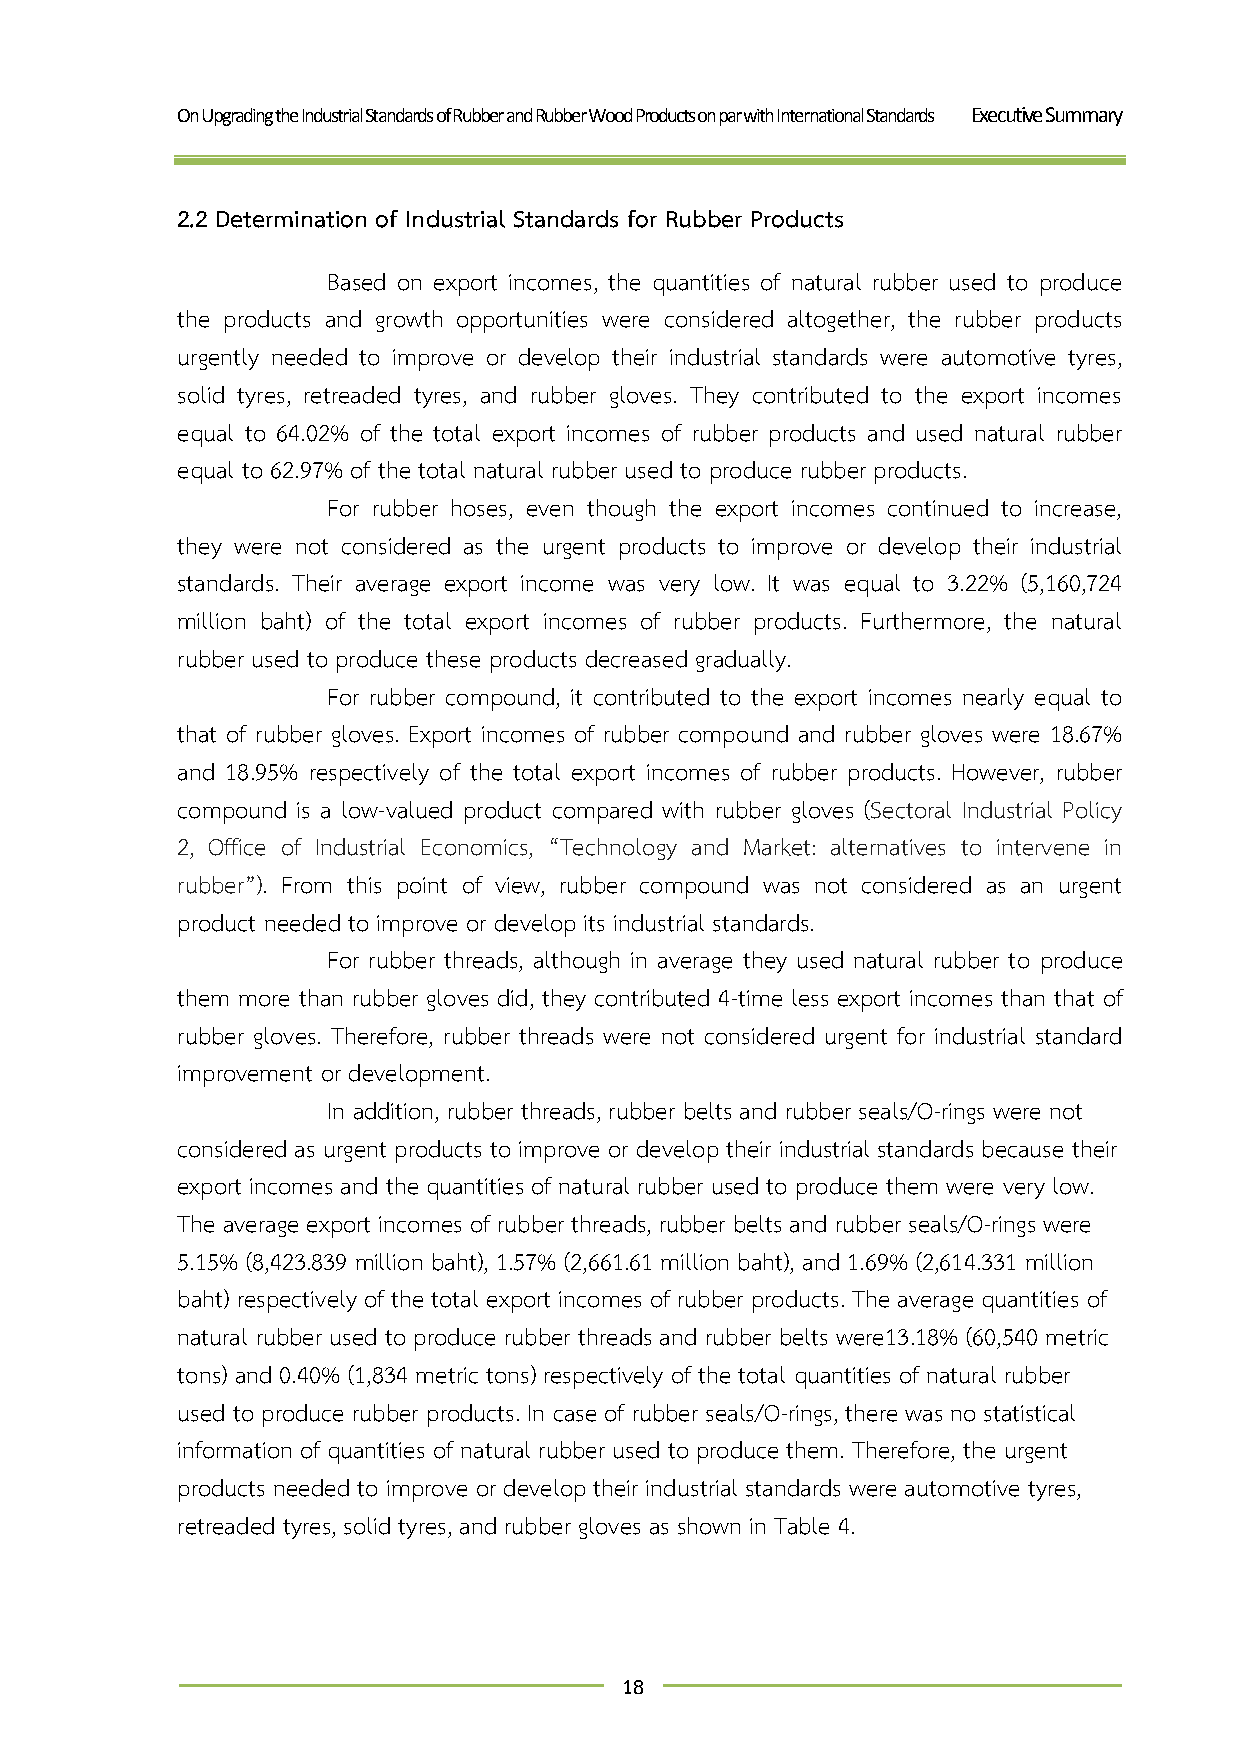
On Upgrading the Industrial Standards of Rubber and Rubber Wood Products on par with International Standards Executive Summary
 2.2 Determination of Industrial Standards for Rubber Products
 Based on export incomes, the quantities of natural rubber used to produce
 the products and growth opportunities were considered altogether, the rubber products
 urgently needed to improve or develop their industrial standards were automotive tyres,
 solid tyres, retreaded tyres, and rubber gloves. They contributed to the export incomes
 equal to 64.02% of the total export incomes of rubber products and used natural rubber
 equal to 62.97% of the total natural rubber used to produce rubber products.
 For rubber hoses, even though the export incomes continued to increase,
 they were not considered as the urgent products to improve or develop their industrial
 standards. Their average export income was very low. It was equal to 3.22% (5,160,724
 million baht) of the total export incomes of rubber products. Furthermore, the natural
 rubber used to produce these products decreased gradually.
 For rubber compound, it contributed to the export incomes nearly equal to
 that of rubber gloves. Export incomes of rubber compound and rubber gloves were 18.67%
 and 18.95% respectively of the total export incomes of rubber products. However, rubber
 compound is a low-valued product compared with rubber gloves (Sectoral Industrial Policy
 2, Office of Industrial Economics, “Technology and Market: alternatives to intervene in
 rubber”). From this point of view, rubber compound was not considered as an urgent
 product needed to improve or develop its industrial standards.
 For rubber threads, although in average they used natural rubber to produce
 them more than rubber gloves did, they contributed 4-time less export incomes than that of
 rubber gloves. Therefore, rubber threads were not considered urgent for industrial standard
 improvement or development.
 In addition, rubber threads, rubber belts and rubber seals/O-rings were not
 considered as urgent products to improve or develop their industrial standards because their
 export incomes and the quantities of natural rubber used to produce them were very low.
 The average export incomes of rubber threads, rubber belts and rubber seals/O-rings were
 5.15% (8,423.839 million baht), 1.57% (2,661.61 million baht), and 1.69% (2,614.331 million
 baht) respectively of the total export incomes of rubber products. The average quantities of
 natural rubber used to produce rubber threads and rubber belts were13.18% (60,540 metric
 tons) and 0.40% (1,834 metric tons) respectively of the total quantities of natural rubber
 used to produce rubber products. In case of rubber seals/O-rings, there was no statistical
 information of quantities of natural rubber used to produce them. Therefore, the urgent
 products needed to improve or develop their industrial standards were automotive tyres,
 retreaded tyres, solid tyres, and rubber gloves as shown in Table 4.
 18